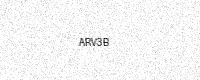
Text: ARV3B